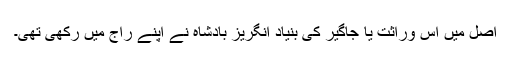
اصل میں اس وراثت یا جاگیر کی بنیاد انگریز بادشاہ نے اپنے راج میں رکھی تھی۔